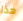
هذا